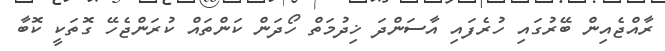
ރާއްޖެއިން ބޭރުގައި ހުރެފައި އާސަންދަ ޚިދުމަތް ހޯދަން ކަންތައް ކުރަންޖެހޭ ގޮތަކީ ކޮބާ